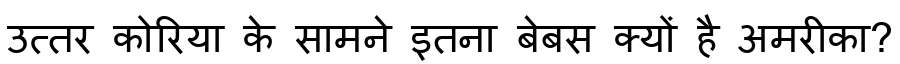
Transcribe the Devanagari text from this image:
उत्तर कोरिया के सामने इतना बेबस क्यों है अमरीका?